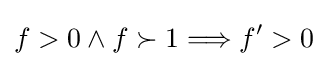
f>0\wedge f\succ 1\Longrightarrow f'>0